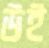
উই